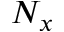
N _ { x }